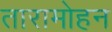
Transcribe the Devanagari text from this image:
तारामोहन